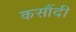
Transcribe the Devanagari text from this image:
कसौंदी